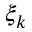
\xi _ { k }